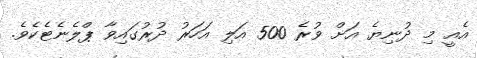
އެއީ މި ދުނިޔެ އަށް ވުރެ 500 އަލި އަހަރު ދުރުގައިވާ ޕްލެނެޓެކެވެ.